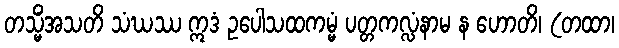
တသ္မိံအသတိ သံဃဿ ဣဒံ ဥပေါသထကမ္မံ ပတ္တကလ္လံနာမ န ဟောတိ၊ (တထာ၊